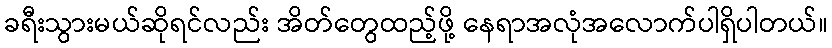
ခရီးသွားမယ်ဆိုရင်လည်း အိတ်တွေထည့်ဖို့ နေရာအလုံအလောက်ပါရှိပါတယ်။